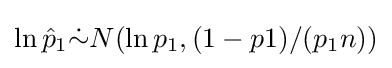
\ln {\hat {p}}_{1}{\dot {\sim }}N(\ln p_{1},(1-p1)/(p_{1}n))